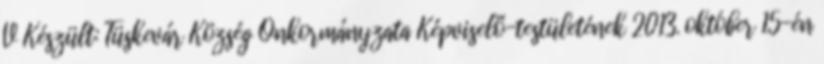
V Készült: Tüskevár Község Önkormányzata Képviselő-testületének 2013. október 15-én